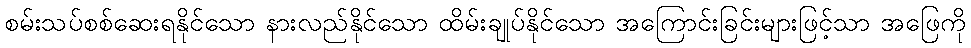
စမ်းသပ်စစ်ဆေးရနိုင်သော နားလည်နိုင်သော ထိမ်းချုပ်နိုင်သော အကြောင်းခြင်းများဖြင့်သာ အဖြေကို